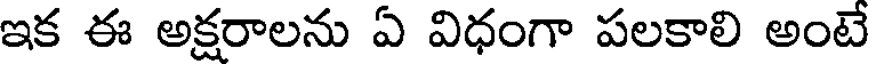
ఇక ఈ అక్షరాలను ఏ విధంగా పలకాలి అంటే